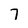
Character: 7